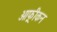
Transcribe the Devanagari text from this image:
आफ़्रीकन